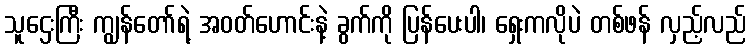
သူဌေးကြီး ကျွန်တော်ရဲ့ အဝတ်ဟောင်းနဲ့ ခွက်ကို ပြန်ပေးပါ၊ ရှေးကလိုပဲ တစ်ဖန် လှည့်လည်